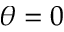
\theta = 0